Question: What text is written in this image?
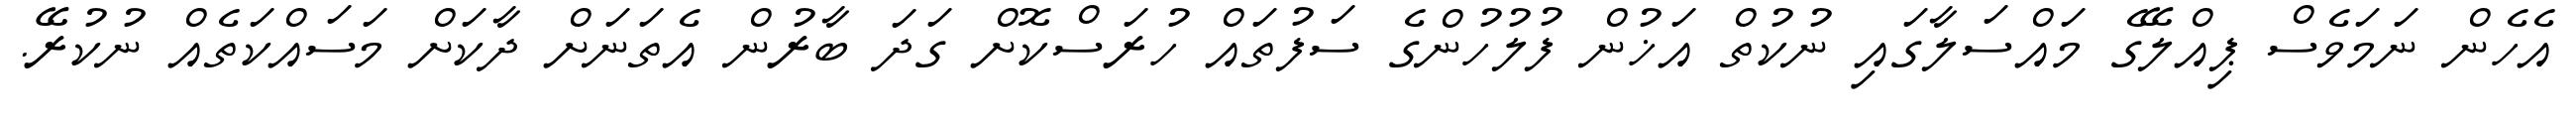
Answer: އެހެން ނަމަވެސް ޕިއްލޭގެ މައްސަލާގައި ނުކުތް އަޚުން ފުލުހުންގެ ސަފުތައް ހުރަސްކޮށް ގަދަ ބާރުން އެތަނަށް ދާކަށް މަސައްކަތެއް ނުކުރޭ.